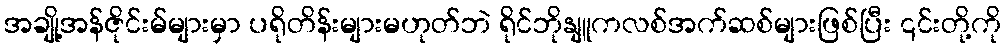
အချို့အန်ဇိုင်းမ်များမှာ ပရိုတိန်းများမဟုတ်ဘဲ ရိုင်ဘိုနျူကလစ်အက်ဆစ်များဖြစ်ပြီး ၎င်းတို့ကို